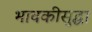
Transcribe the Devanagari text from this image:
भावकीसुद्धा